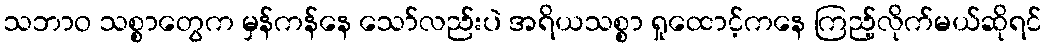
သဘာဝ သစ္စာတွေက မှန်ကန်နေ သော်လည်းပဲ အရိယသစ္စာ ရှုထောင့်ကနေ ကြည့်လိုက်မယ်ဆိုရင်